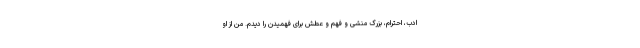
ادب، احترام، بزرگ منشی و فهم و عطش برای فهمیدن را دیدم. من از او